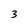
Character: 3